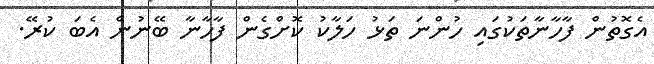
އެގޮތުން ފާހާނާތަކުގައި ހުންނަ ތަޅު ހަލާކު ކޮށްގެން ފާހާނާ ބޭނުން އެބަ ކުރޭ.